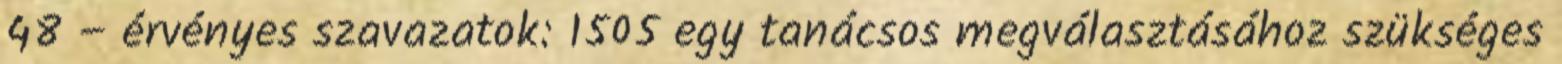
48 – érvényes szavazatok: 1505 egy tanácsos megválasztásához szükséges